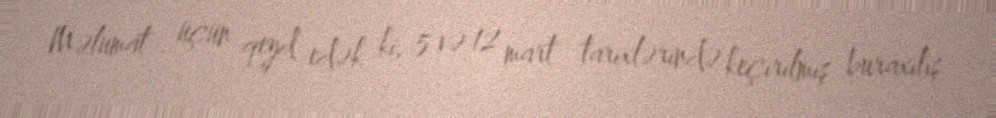
Məlumat üçün qeyd edək ki, 5 və 12 mart tarixlərində keçirilmiş buraxılış